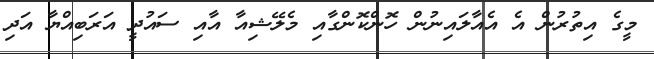
މީގެެ އިތުރުން އެ އެއާލައިނުން ހޮންކޮންގާއި މެލޭޝިއާ އާއި ސައުދީ އަރަބިއްޔާ އަދި